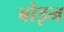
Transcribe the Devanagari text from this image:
बोइन